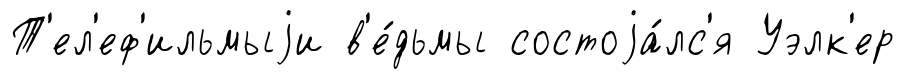
Т'ел'еф'ильмыjи в'е́дьмы состоjа́лс'я Уэлк'ер